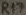
Text: R17